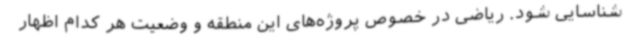
شناسایی شود. ریاضی در خصوص پروژه‌های این منطقه و وضعیت هر کدام اظهار